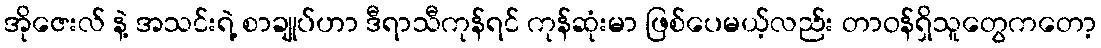
အိုဇေးလ် နဲ့ အသင်းရဲ့ စာချုပ်ဟာ ဒီရာသီကုန်ရင် ကုန်ဆုံးမာ ဖြစ်ပေမယ့်လည်း တာဝန်ရှိသူတွေကတော့